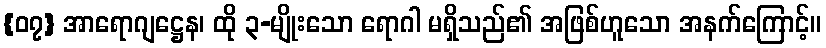
{၀၇} အာရောဂျဋ္ဌေန၊ ထို ၃-မျိုးသော ရောဂါ မရှိသည်၏ အဖြစ်ဟူသော အနက်ကြောင့်။